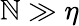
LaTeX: \mathbb{N}\gg\eta